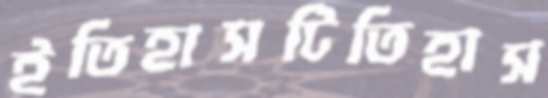
ইতিহাসটিতিহাস